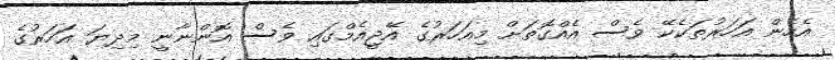
އެހެން އަހަރުތަކެކޭ ވެސް އެއްގޮތަށް މިއަހަރުގެ އޭޖީއެމްގައި ވެސް އޮންނާނީ މިދިޔަ އަހަރުގެ